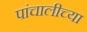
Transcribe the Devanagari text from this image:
पांचालीच्या